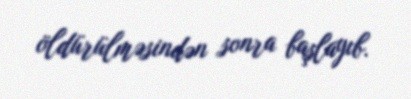
öldürülməsindən sonra başlayıb.